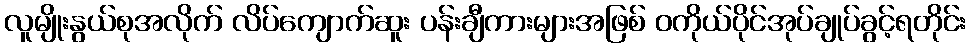
လူမျိုးနွယ်စုအလိုက် လိပ်ကျောက်ဆူး ပန်းချီကားများအဖြစ် ဝကိုယ်ပိုင်အုပ်ချုပ်ခွင့်ရတိုင်း